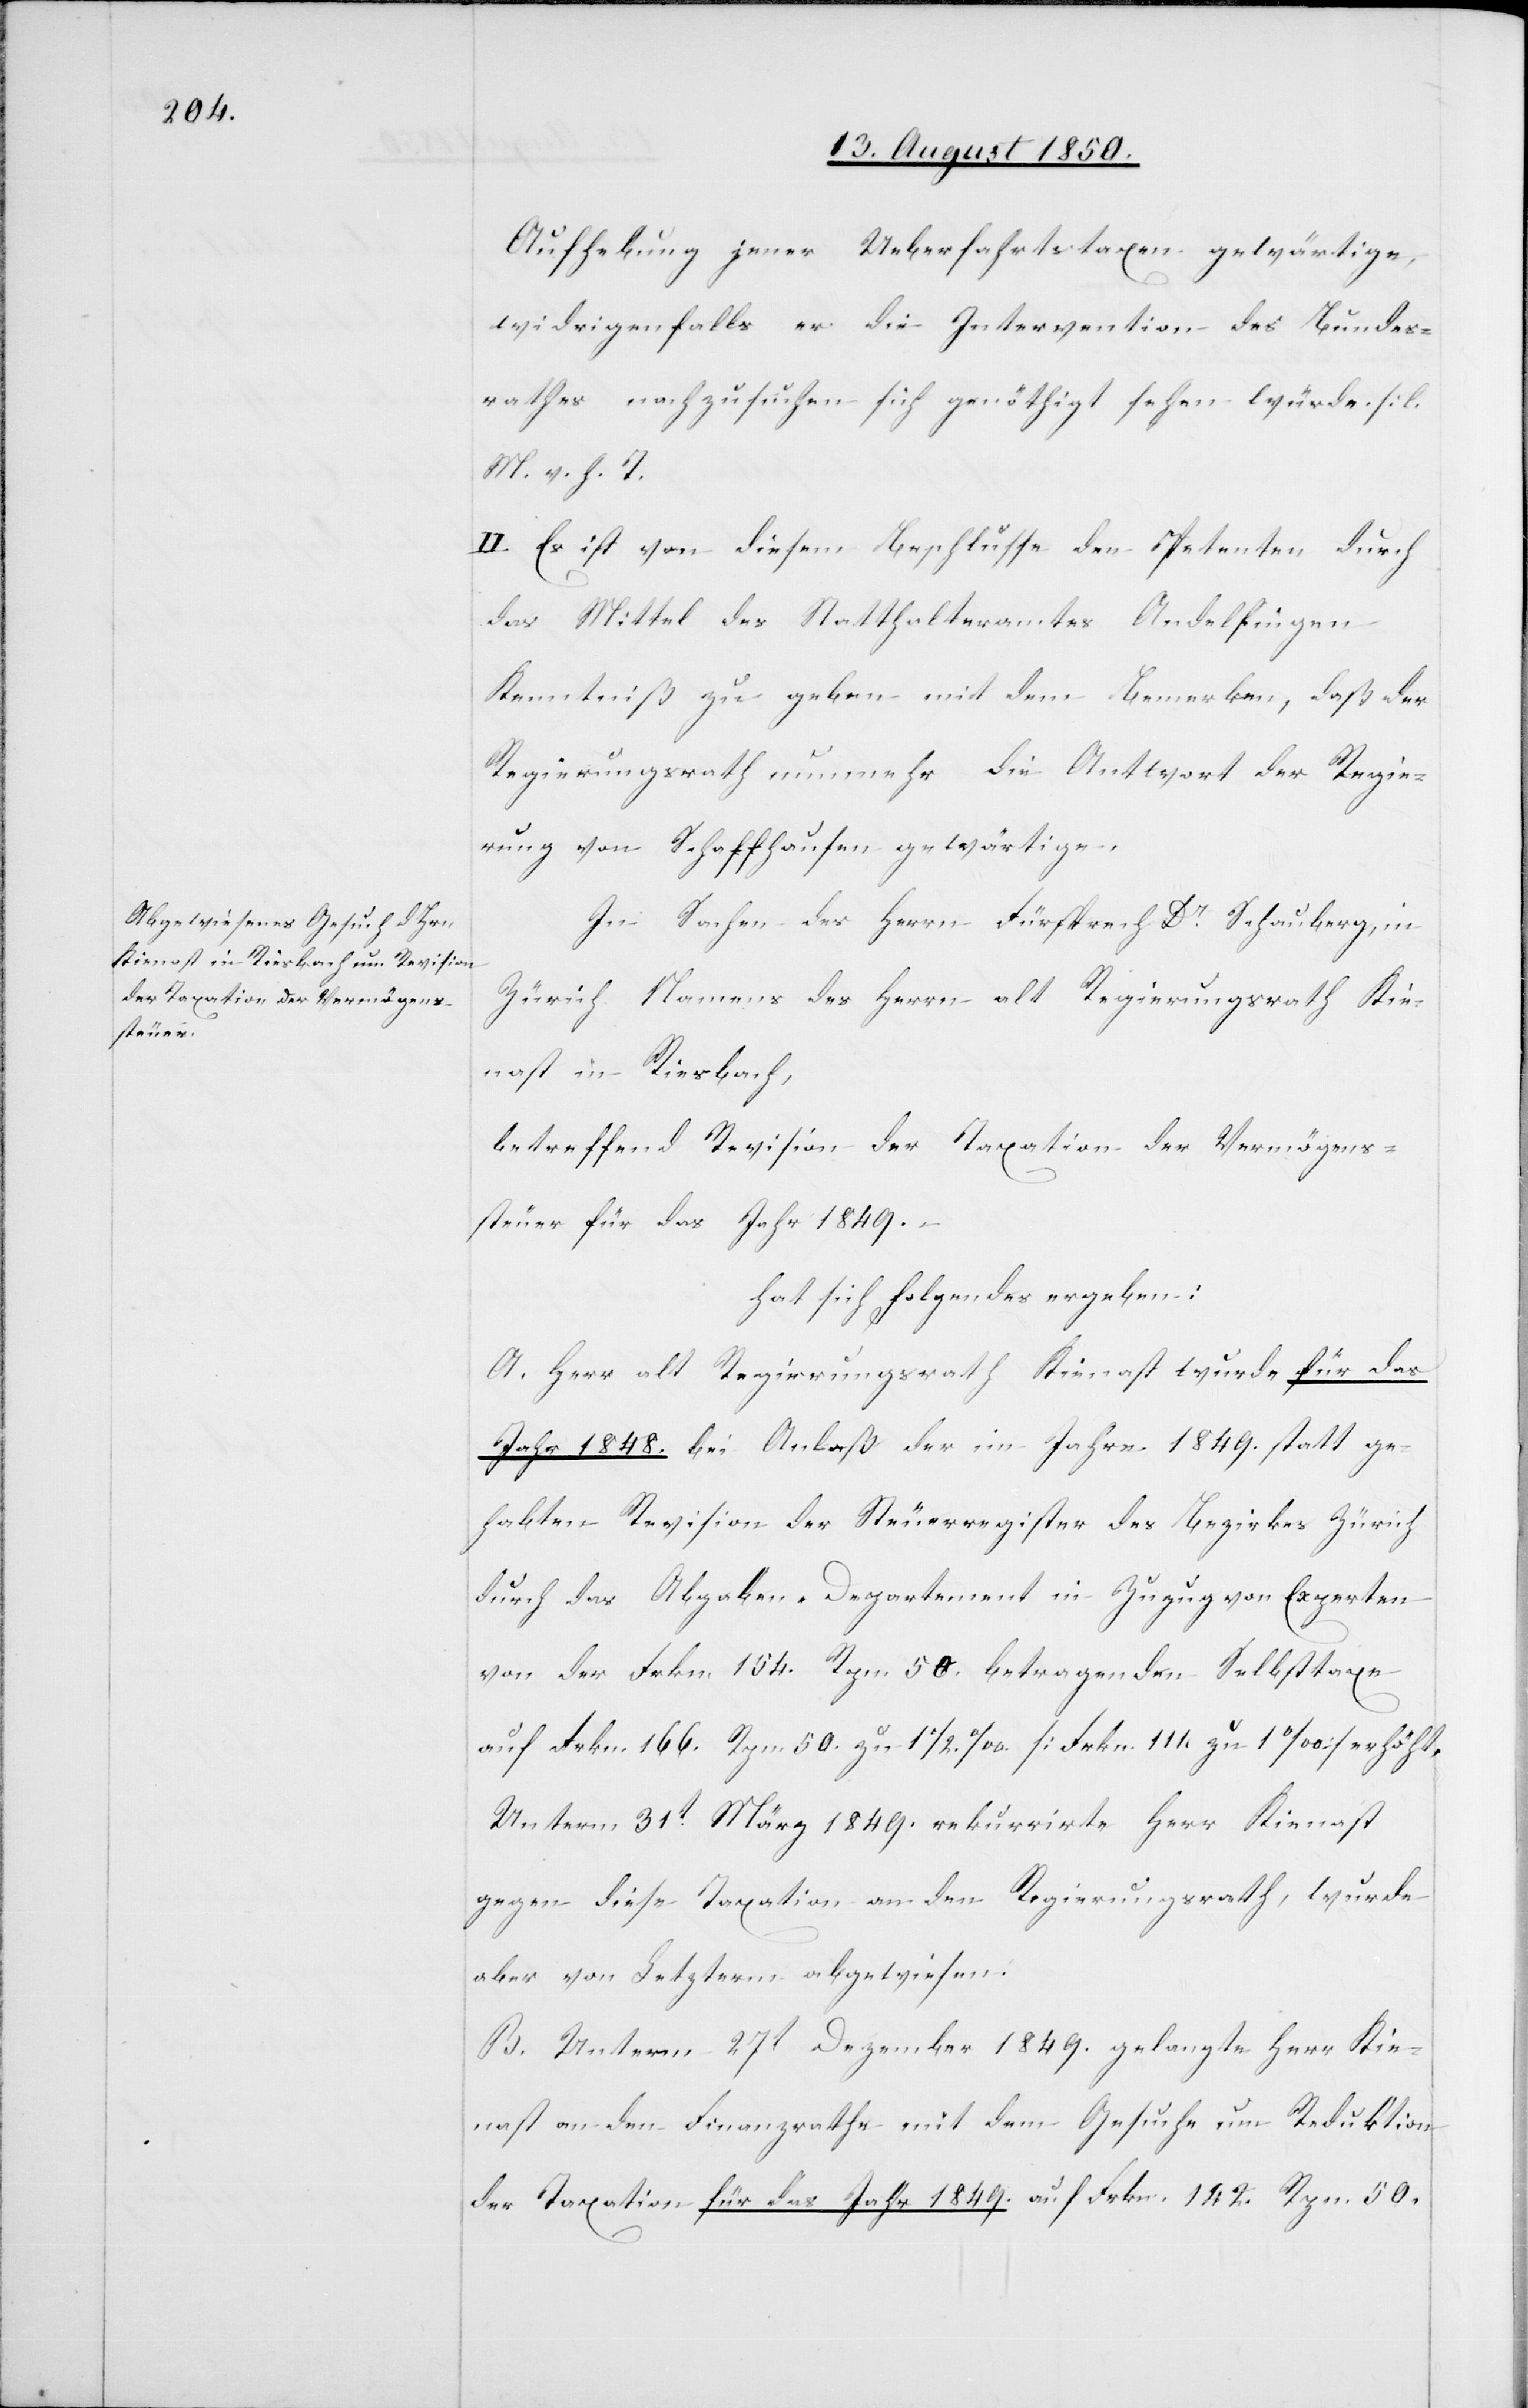
Aufhebung jener Ueberfahrtstaxen gewärtige,
widrigenfalls er die Intervention des Bundes¬
rathes nachzusuchen sich genöthigt sehen würde. [l.
M. v. h. T[]]
II. Es ist von diesem Beschlusse den Petenten durch
das Mittel des Statthalteramtes Andelfingen
Kenntniß zu geben mit dem Bemerken, daß der
Regierungsrath nunmehr die Antwort der Regie¬
rung von Schaffhausen gewärtige.
betreffend Revision der Taxation der Vermögens¬
steuer für das Jahr 1849.
hat sich folgendes ergeben:
A. Herr alt Regierungsrath Kienast wurde für das
Jahr 1848. bei Anlaß der im Jahre 1849. statt ge¬
habten Revision der Steuerregister des Bezirkes Zürich
durch das Abgaben-Departement in Zuzug von Experten
von der Frkn. 154. Rpn. 50. betragenden Selbsttaxe
auf Frkn. 166. Rpn. 50. zu 1 1/2 ‰ [Frkn. 111. zu 1 ‰] erhöht.
Unterm 31t März 1849. rekurrirte Herr Kienast
gegen diese Taxation an den Regierungsrath, wurde
aber von Letzterm abgewiesen.
B. Unterm 27t Dezember 1849. gelangte Herr Kie¬
nast an den Finanzrathe mit dem Gesuche um Reduktion
der Taxation für das Jahr 1849. auf Frkn. 142. Rpn. 50.